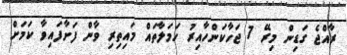
ރާއްޖެ ގަޑިން މިރޭ 7 ޖަހާކަންހާއިރު ހަމަލާތައް މައިތިރި ވާން ފަށާފައިވާ ކަމަށް